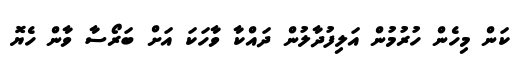
ކަން މިހެން ހުރުމުން އަލިފުދާލުން ދައްކާ ވާހަކަ އަށް ބަރޯސާ ވާން ހެޔޮ